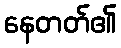
နေတတ်၏